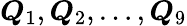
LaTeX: \boldsymbol{Q}_{1},\boldsymbol{Q}_{2},\dots,\boldsymbol{Q}_{9}